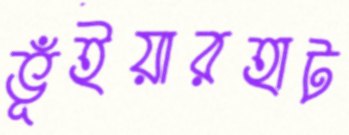
ভূঁইয়ারহাট